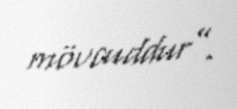
mövcuddur”.